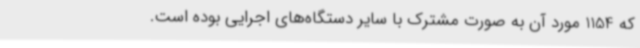
که 1154 مورد آن به صورت مشترک با سایر دستگاه‌های اجرایی بوده است.